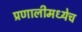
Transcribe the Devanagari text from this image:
प्रणालीमध्येच